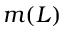
m ( L )